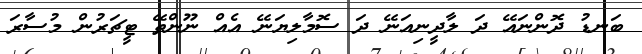
ބަނޑު ދޮންނައޭ ދަ ލާދީނިއަނޭ ދަ ސޮމާލިޔަނޭ އެއް ނޫންތޭ ޓީޗަރުން މުސާރަ